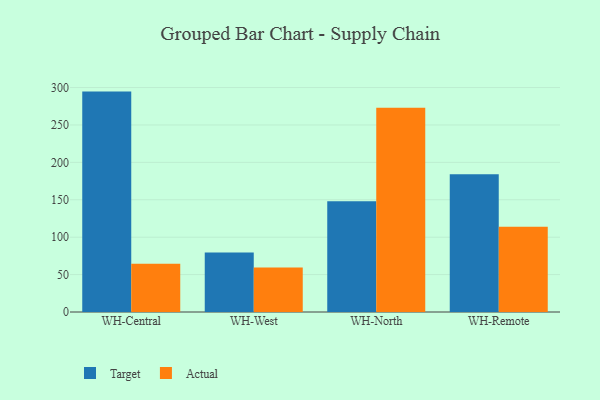
{"axis": {"x": "Warehouse", "y": "Gross Profit (USD K)"}, "legend": ["Actual", "Target"], "data": [{"x": "WH-Central", "y": 294.6, "type": "Target"}, {"x": "WH-Central", "y": 64.5, "type": "Actual"}, {"x": "WH-West", "y": 79.4, "type": "Target"}, {"x": "WH-West", "y": 59.6, "type": "Actual"}, {"x": "WH-North", "y": 147.9, "type": "Target"}, {"x": "WH-North", "y": 273.0, "type": "Actual"}, {"x": "WH-Remote", "y": 184.2, "type": "Target"}, {"x": "WH-Remote", "y": 114.1, "type": "Actual"}]}